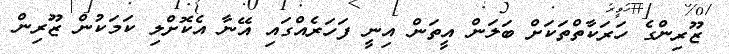
ޒޫރިންގެ ހަރަކާތްތަކަށް ބަލަން އީތަން އިނީ ފަހަރެއްގައި އޭނާ އެކޮށްލި ކަމަކުން ޒޫރިން